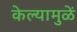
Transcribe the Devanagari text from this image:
केल्यामुळें